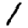
Digit: 1